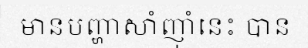
មានបញ្ហាសាំញ៉ាំនេះ បាន